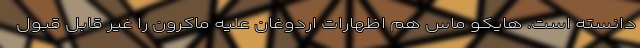
دانسته است. هایکو ماس هم اظهارات اردوغان علیه ماکرون را غیر قابل قبول